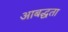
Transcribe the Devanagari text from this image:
आबद्धता